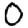
Digit: 0